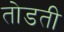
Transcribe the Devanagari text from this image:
तोडती